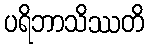
ပရိဘာသိဿတိ